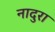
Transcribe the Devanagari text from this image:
नादुरा